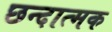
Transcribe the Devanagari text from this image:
छन्दात्मक